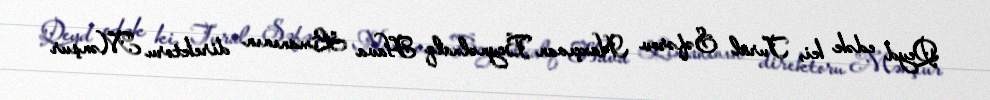
Qeyd edək ki, Tural Səfərov Naxçıvan Beynəlxalq Hava Limanının direktoru Mənşur